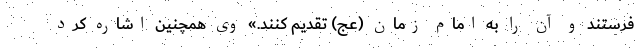
فرستند و آن را به امام زمان (عج) تقدیم کنند.» وی همچنین اشاره کرد